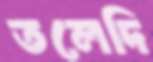
তলেদি